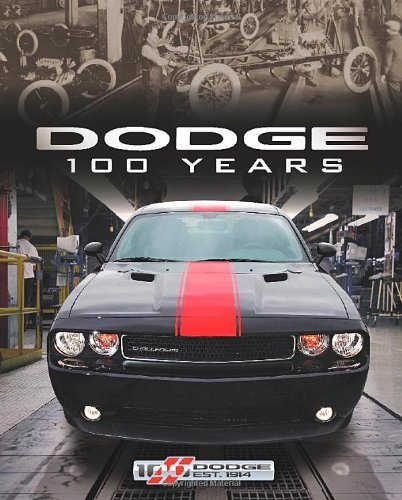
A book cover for Dodge 100 Years; Matt DeLorenzo; Engineering & Transportation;